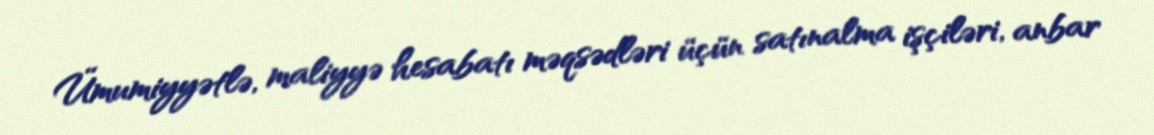
Ümumiyyətlə, maliyyə hesabatı məqsədləri üçün satınalma işçiləri, anbar